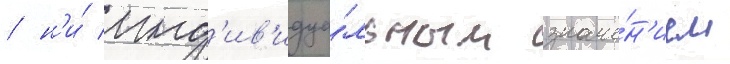
/ н'и́ инд'ив'идуа́льным значе́н'ием